On a parasite found in persons suffering from enlargement of the spleen in India, second report - Number 11
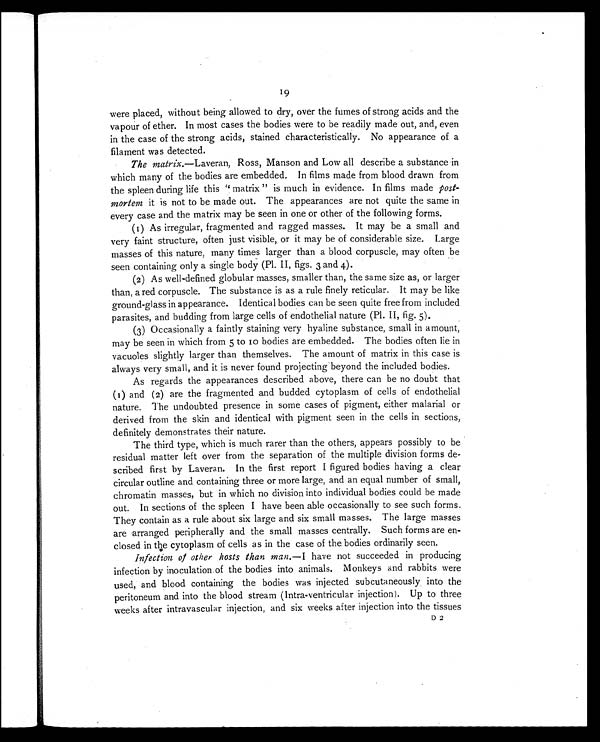
19
were placed, without being allowed to dry, over the fumes of strong acids and the
vapour of ether. In most cases the bodies were to be readily made out, and, even
in the case of the strong acids, stained characteristically. No appearance of a
filament was detected.
The matrix. —Laveran, Ross, Manson and Low all describe a substance in
which many of the bodies are embedded. In films made from blood drawn from
the spleen during life this "matrix" is much in evidence. In films made post-
mortem it is not to be made out. The appearances are not quite the same in
every case and the matrix may be seen in one or other of the following forms.
(1) As irregular, fragmented and ragged masses. It may be a small and
very faint structure, often just visible, or it may be of considerable size. Large
masses of this nature, many times larger than a blood corpuscle, may often be
seen containing only a single body (Pl. II, figs. 3 and 4).
(2) As well-defined globular masses, smaller than, the same size as, or larger
than, a red corpuscle. The substance is as a rule finely reticular. It may be like
ground-glass in appearance. Identical bodies can be seen quite free from included
parasites, and budding from large cells of endothelial nature (Pl. II, fig. 5).
(3) Occasionally a faintly staining very hyaline substance, small in amount,
may be seen in which from 5 to 10 bodies are embedded. The bodies often lie in
vacuoles slightly larger than themselves. The amount of matrix in this case is
always very small, and it is never found projecting beyond the included bodies.
As regards the appearances described above, there can be no doubt that
(1) and (2) are the fragmented and budded cytoplasm of cells of endothelial
nature. The undoubted presence in some cases of pigment, either malarial or
derived from the skin and identical with pigment seen in the cells in sections,
definitely demonstrates their nature.
The third type, which is much rarer than the others, appears possibly to be
residual matter left over from the separation of the multiple division forms de-
scribed first by Laveran. In the first report I figured bodies having a clear
circular outline and containing three or more large, and an equal number of small,
chromatin masses, but in which no division into individual bodies could be made
out. In sections of the spleen I have been able occasionally to see such forms.
They contain as a rule about six large and six small masses. The large masses
are arranged peripherally and the small masses centrally. Such forms are en-
closed in the cytoplasm of cells as in the case of the bodies ordinarily seen.
Infection of other hosts than man. —I have not succeeded in producing
infection by inoculation of the bodies into animals. Monkeys and rabbits were
used, and blood containing the bodies was injected subcutaneously into the
peritoneum and into the blood stream (Intra-ventricular injection). Up to three
weeks after intravascular injection, and six weeks after injection into the tissues
D 2